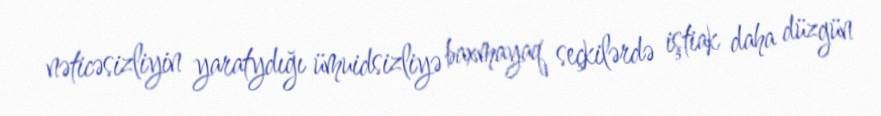
nəticəsizliyin yaratydığı ümuidsizliyə baxmayaq seçkilərdə iştiak daha düzgün